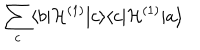
LaTeX: \hspace { - 9 . 8 c m } \sum _ { c } \langle b | { \cal H } ^ { ( 1 ) } | c \rangle \langle c | { \cal H } ^ { ( 1 ) } | a \rangle